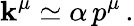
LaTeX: \mathbf{k}^{\mu}\simeq\alpha\, p^{\mu}\, .